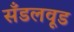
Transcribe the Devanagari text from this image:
सँडलवूड